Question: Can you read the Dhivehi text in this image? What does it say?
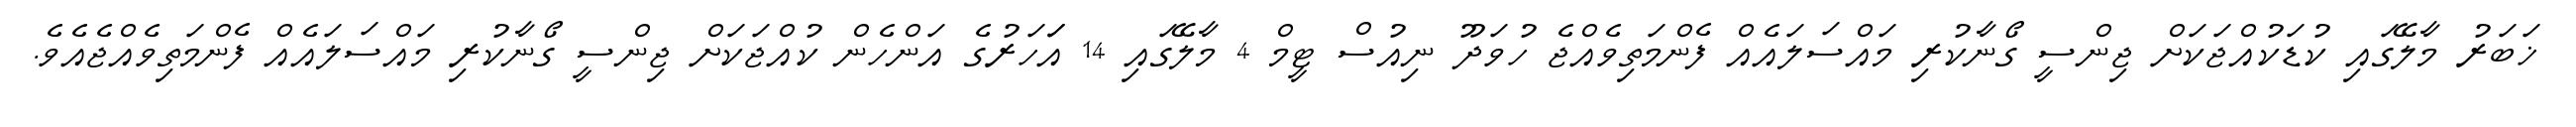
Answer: ޚަބަރު މާލޭގައި ކުޑަކުއްޖަކަށް ޖިންސީ ގޯނާކުރި މައްސަލައެއް ފެންމަތިވެއްޖެ ހުވަދޫ ނިއުސް ޓީމް 4 މާލޭގައި 14 އަަހަރުގެ އަންހެން ކުއްޖަކަށް ޖިންސީ ގޯނާކުރި މައްސަލައެއް ފެންމަތިވެއްޖެއެވެ.